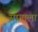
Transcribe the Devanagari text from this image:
सागाला